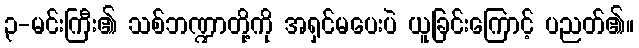
၃-မင်းကြီး၏ သစ်ဘဏ္ဍာတို့ကို အရှင်မပေးပဲ ယူခြင်းကြောင့် ပညတ်၏။